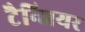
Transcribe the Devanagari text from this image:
टैन्जियर